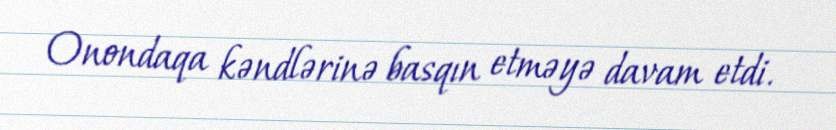
Onondaqa kəndlərinə basqın etməyə davam etdi.